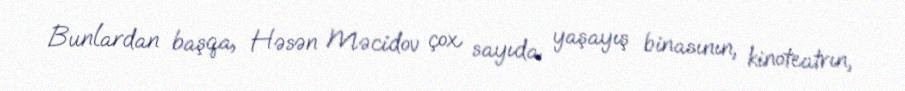
Bunlardan başqa, Həsən Məcidov çox sayıda yaşayış binasının, kinoteatrın,